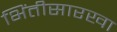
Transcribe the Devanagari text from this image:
भिंतीसारखा